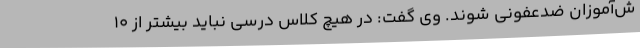
ش‌آموزان ضدعفونی شوند. وی گفت: در هیچ کلاس درسی نباید بیشتر از 10